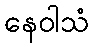
နေဝါသံ